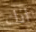
انك